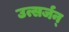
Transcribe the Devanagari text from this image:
उत्सर्जन्